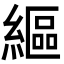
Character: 䌔